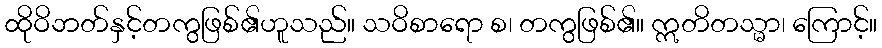
ထိုဝိဘတ်နှင့်တကွဖြစ်၏ဟူသည်။ သဝိစာရော စ၊ တကွဖြစ်၏။ ဣတိတသ္မာ၊ ကြောင့်။